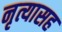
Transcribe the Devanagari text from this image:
नृत्यासह